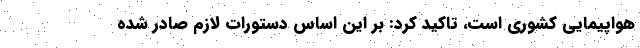
هواپیمایی کشوری است، تاکید کرد: بر این اساس دستورات لازم صادر شده